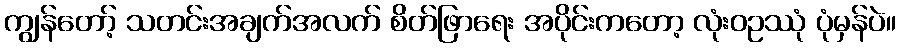
ကျွန်တော့် သတင်းအချက်အလက် စိတ်ဖြာရေး အပိုင်းကတော့ လုံးဝဥဿုံ ပုံမှန်ပဲ။